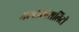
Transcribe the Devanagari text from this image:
मल्टीस्पेशलिटी